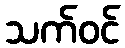
သက်ဝင်